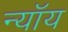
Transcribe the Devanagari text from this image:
न्यॉय